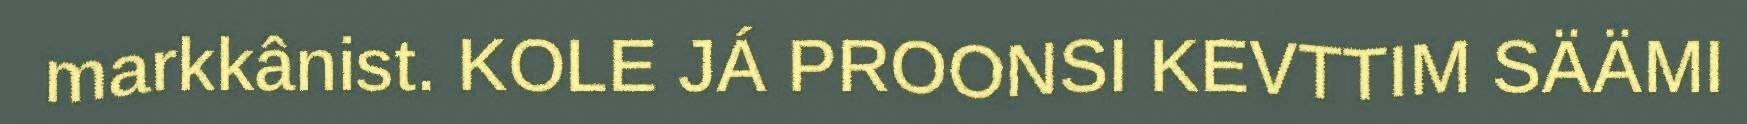
markkânist. KOLE JÁ PROONSI KEVTTIM SÄÄMI